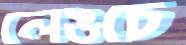
লেঙচে